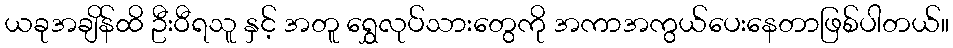
ယခုအချိန်ထိ ဦးဝီရသူ နှင့် အတူ ရွှေလုပ်သားတွေကို အကာအကွယ်ပေးနေတာဖြစ်ပါတယ်။